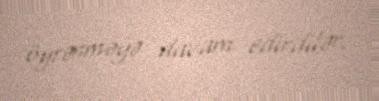
öyrənməyə davam edirdilər.